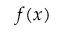
f ( x )